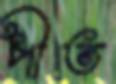
পীত